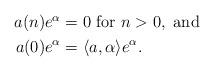
LaTeX: \begin{align*}\begin{aligned}a(n)e^{\alpha}&=0 \mbox{ for }n>0, \mbox{ and} \\a(0)e^{\alpha}&=\langle a,\alpha\rangle e^{\alpha}. \end{aligned}\end{align*}